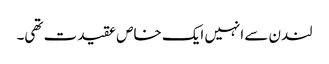
لندن سے انہیں ایک خاص عقیدت تھی۔